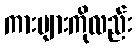
ကားများကိုလည်း